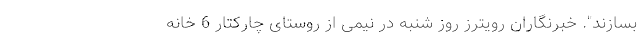
بسازند". خبرنگاران رویترز روز شنبه در نیمی از روستای چارکتار 6 خانه